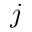
j